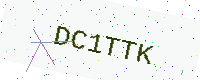
Text: DC1TTK